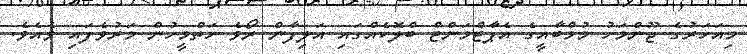
މިއަހަރުގެ ޖޫންމަހު މުމްބާއީގެ އެޕާޓްމަންޓް ބްލޮކެއްގައި އަލިފާން ރޯވެ ހަތްމީހުން މަރުވެފައި ވެއެވެ.